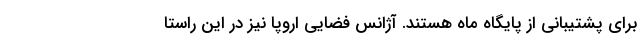
برای پشتیبانی از پایگاه ماه هستند. آژانس فضایی اروپا نیز در این راستا